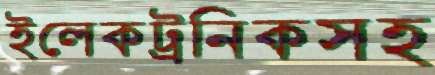
ইলেকট্রনিকসহ